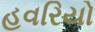
હવરિયો